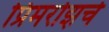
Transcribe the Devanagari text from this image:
प्रिमरोझचे